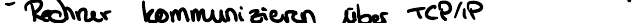
- Rechner kommunizieren über TCP/IP